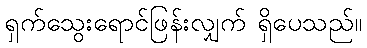
ရှက်သွေးရောင်ဖြန်းလျှက် ရှိပေသည်။